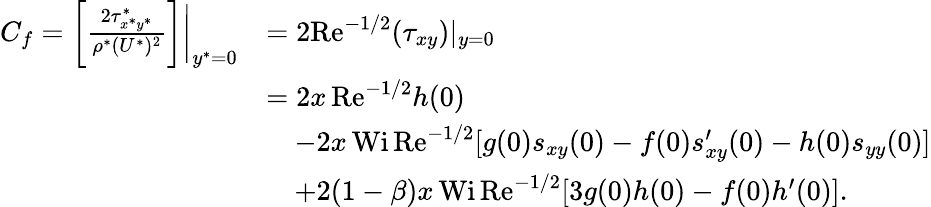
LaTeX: \begin{array}{rl}{C_{f}=\biggl[\frac{2\tau_{x^{*}y^{*}}^{*}}{\rho^{*}(U^{*})^{2}}\biggr]\biggl|_{y^{*}=0}}&{=2\textrm{Re}^{-1/2}(\tau_{xy})|_{y=0}}\\ &{=2x\, \textrm{Re}^{-1/2}h(0)}\\ &{\quad-2x\, \textrm{Wi}\, \textrm{Re}^{-1/2}[g(0)s_{xy}(0)-f(0)s_{xy}^{\prime}(0)-h(0)s_{yy}(0)]}\\ &{\quad+2(1-\beta)x\, \textrm{Wi}\, \textrm{Re}^{-1/2}[3g(0)h(0)-f(0)h^{\prime}(0)].}\end{array}